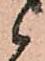
候